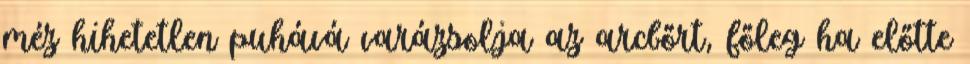
méz hihetetlen puhává varázsolja az arcbőrt, főleg ha előtte